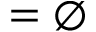
= \emptyset